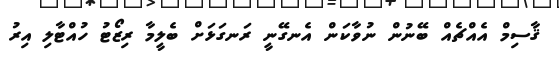
ޤާސިމް އެއްޗެއް ބޭނުން ނުވާކަން އެނގޭނީ ރަނގަޅަށް ބެލީމާ ރިޒޯޓު ހުއްޓާލި އިރު